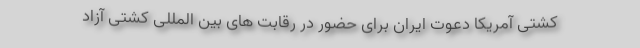
کشتی آمریکا دعوت ایران برای حضور در رقابت های بین المللی کشتی آزاد